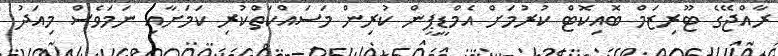
ރާއްޖޭގެ ޓޫރިޒަމް ބޮއިކޮޓް ކުރުމަށް އެމްޑީޕީން ކުރިން މަސައްކަތްކުރި ކަމަށާއި ނަމަވެސް މިއަދު